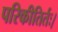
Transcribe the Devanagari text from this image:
परिकीतिर्तः।